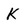
Character: K